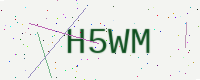
Text: H5WM